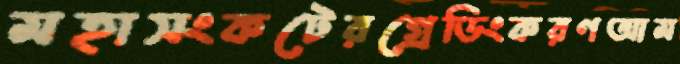
মহাসংকটেরগ্রেডিংকরণআম